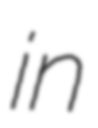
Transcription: in